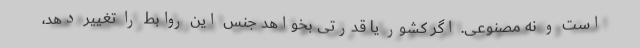
است و نه مصنوعی. اگر کشور یا قدرتی بخواهد جنس این روابط را تغییر دهد،